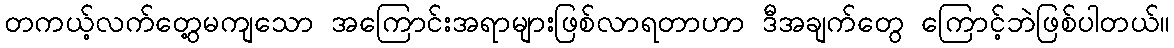
တကယ့်လက်တွေ့မကျသော အကြောင်းအရာများဖြစ်လာရတာဟာ ဒီအချက်တွေ ကြောင့်ဘဲဖြစ်ပါတယ်။